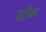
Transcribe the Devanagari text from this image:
स्टीवा